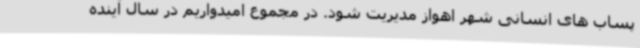
پساب های انسانی شهر اهواز مدیریت شود. در مجموع امیدواریم در سال آینده